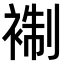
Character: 𧚳